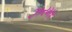
ઝરમર